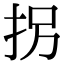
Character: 拐